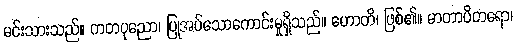
မင်းသားသည်။ ကတပုညော၊ ပြုအပ်သောကောင်းမှုရှိသည်။ ဟောတိ၊ ဖြစ်၏။ မာတာပိတရော၊